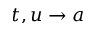
t , u \rightarrow a